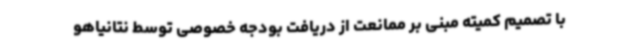
با تصمیم کمیته مبنی بر ممانعت از دریافت بودجه خصوصی توسط نتانیاهو